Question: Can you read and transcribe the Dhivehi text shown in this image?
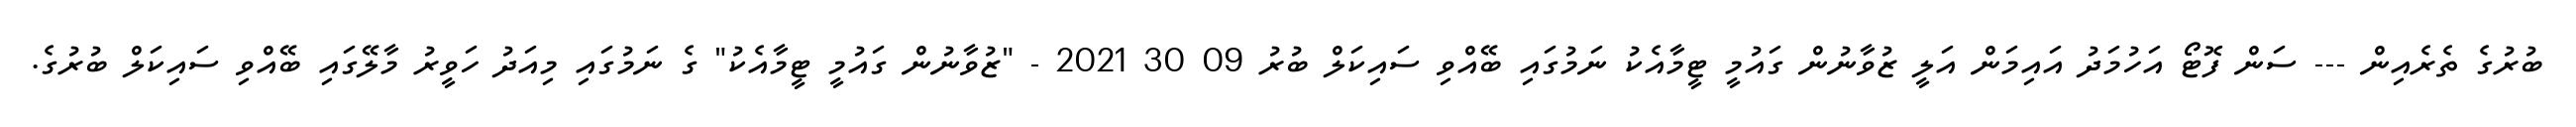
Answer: ބުރުގެ ތެރެއިން --- ސަން ފޮޓޯ އަހުމަދު އައިމަން އަލީ ޒުވާނުން ގައުމީ ޓީމާއެކު ނަމުގައި ބޭއްވި ސައިކަލް ބުރު 09 30 2021 - "ޒުވާނުން ގައުމީ ޓީމާއެކު" ގެ ނަމުގައި މިއަދު ހަވީރު މާލޭގައި ބޭއްވި ސައިކަލް ބުރުގެ.